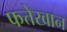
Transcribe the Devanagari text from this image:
फत्तेखान